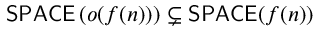
{ \mathsf { S P A C E } } \left( o ( f ( n ) ) \right) \subsetneq { \mathsf { S P A C E } } ( f ( n ) )